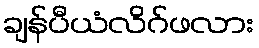
ချန်ပီယံလိဂ်ဖလား